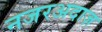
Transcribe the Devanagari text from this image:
नजरअदाज़